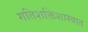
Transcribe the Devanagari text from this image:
गतिशक्तिशास्त्रात